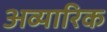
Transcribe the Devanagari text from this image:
अव्यारिक